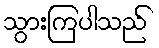
သွားကြပါသည်